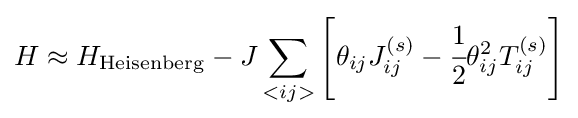
H\approx H_{\mathrm {Heisenberg} }-J\sum _{<ij>}\left[\theta _{ij}J_{ij}^{(s)}-{\cfrac {1}{2}}\theta _{ij}^{2}T_{ij}^{(s)}\right]